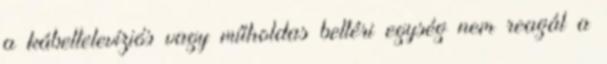
a kábeltelevíziós vagy műholdas beltéri egység nem reagál a